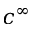
c ^ { \infty }